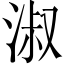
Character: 淑